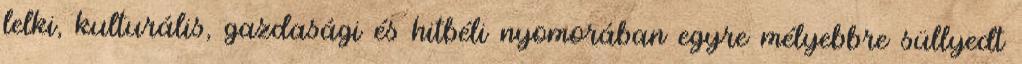
lelki, kulturális, gazdasági és hitbéli nyomorában egyre mélyebbre süllyedt